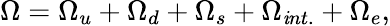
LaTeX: \Omega=\Omega_{u}+\Omega_{d}+\Omega_{s}+\Omega_{\mathit{i}nt.}+\Omega_{e},